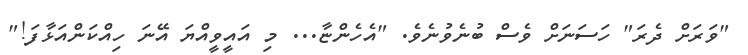
"ވަރަށް ދެރަ" ހަސަނަށް ވެސް ބުނެވުނެވެ. "އެހެންޏާ... މި އައީވީއްޔަ އޭނަ ހިއްކަންއަޅާފަ!"